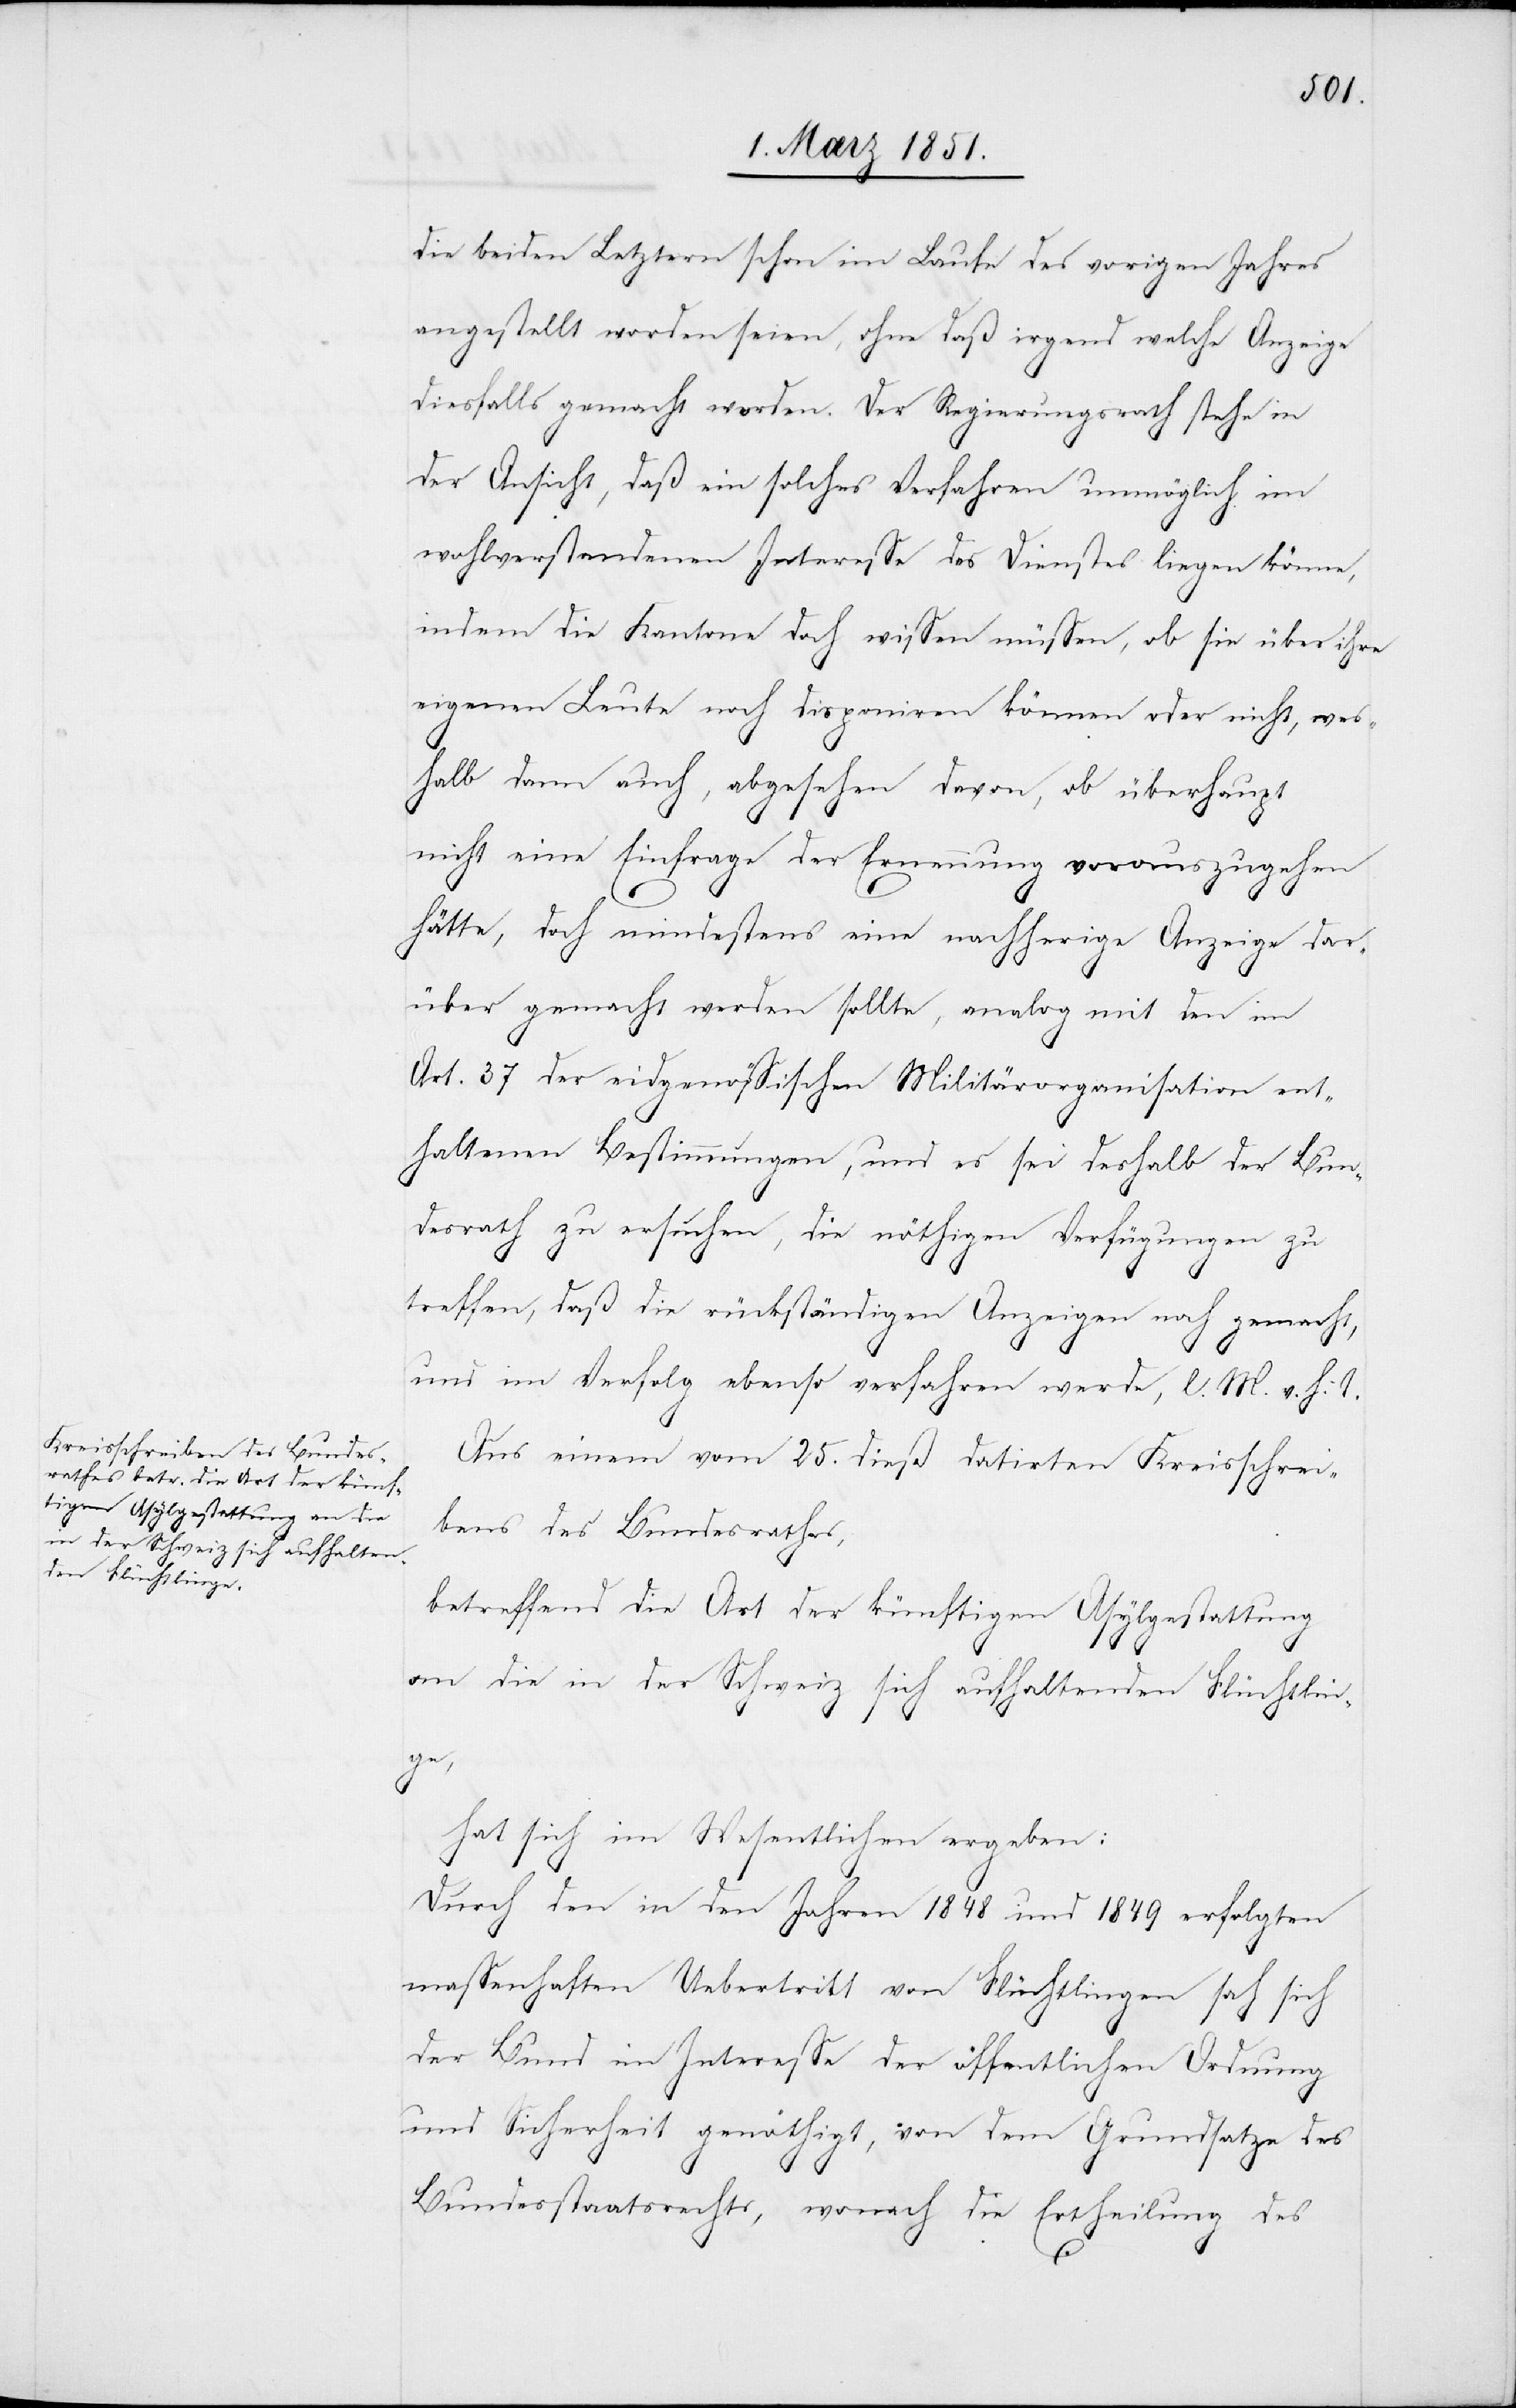
die beiden Letztern schon im Laufe des vorigen Jahres
angestellt worden seien, ohne daß irgend welche Anzeige
diesfalls gemacht worden. Der Regierungsrath stehe in
der Ansicht, daß ein solches Verfahren unmöglich im
wohlverstandenen Interesse des Dienstes liegen könne,
indem die Kantone doch wissen müssen, ob sie über ihre
eigenen Leute noch disponiren können oder nicht, wes¬
halb dann auch, abgesehen davon, ob überhaupt
nicht eine Einfrage der Ernennung vorauszugehen
hätte, doch mindestens eine nachherige Anzeige dar¬
über gemacht werden sollte, analog mit den im
Art. 37 der eidgenössischen Militärorganisation ent¬
haltenen Bestimmungen, und es sei deshalb der Bun¬
desrath zu ersuchen, die nöthigen Verfügungen zu
treffen, daß die rückständigen Anzeigen noch gemacht,
und im Verfolg ebenso verfahren werde, l. M. v. h. T.
Aus einem vom 25. dieß datirten Kreisschrei¬
[sic!] des Bundesrathes,
betreffend die Art der künftigen Asylgestattung
an die in der Schweiz sich aufhaltenden Flüchtlin¬
ge,
hat sich im Wesentlichen ergeben:
Durch den in den Jahren 1848 und 1849 erfolgten
massenhaften Uebertritt von Flüchtlingen sah sich
der Bund im Interesse der öffentlichen Ordnung
und Sicherheit genöthigt, von dem Grundsatze des
Bundesstaatsrechts, wonach die Ertheilung des